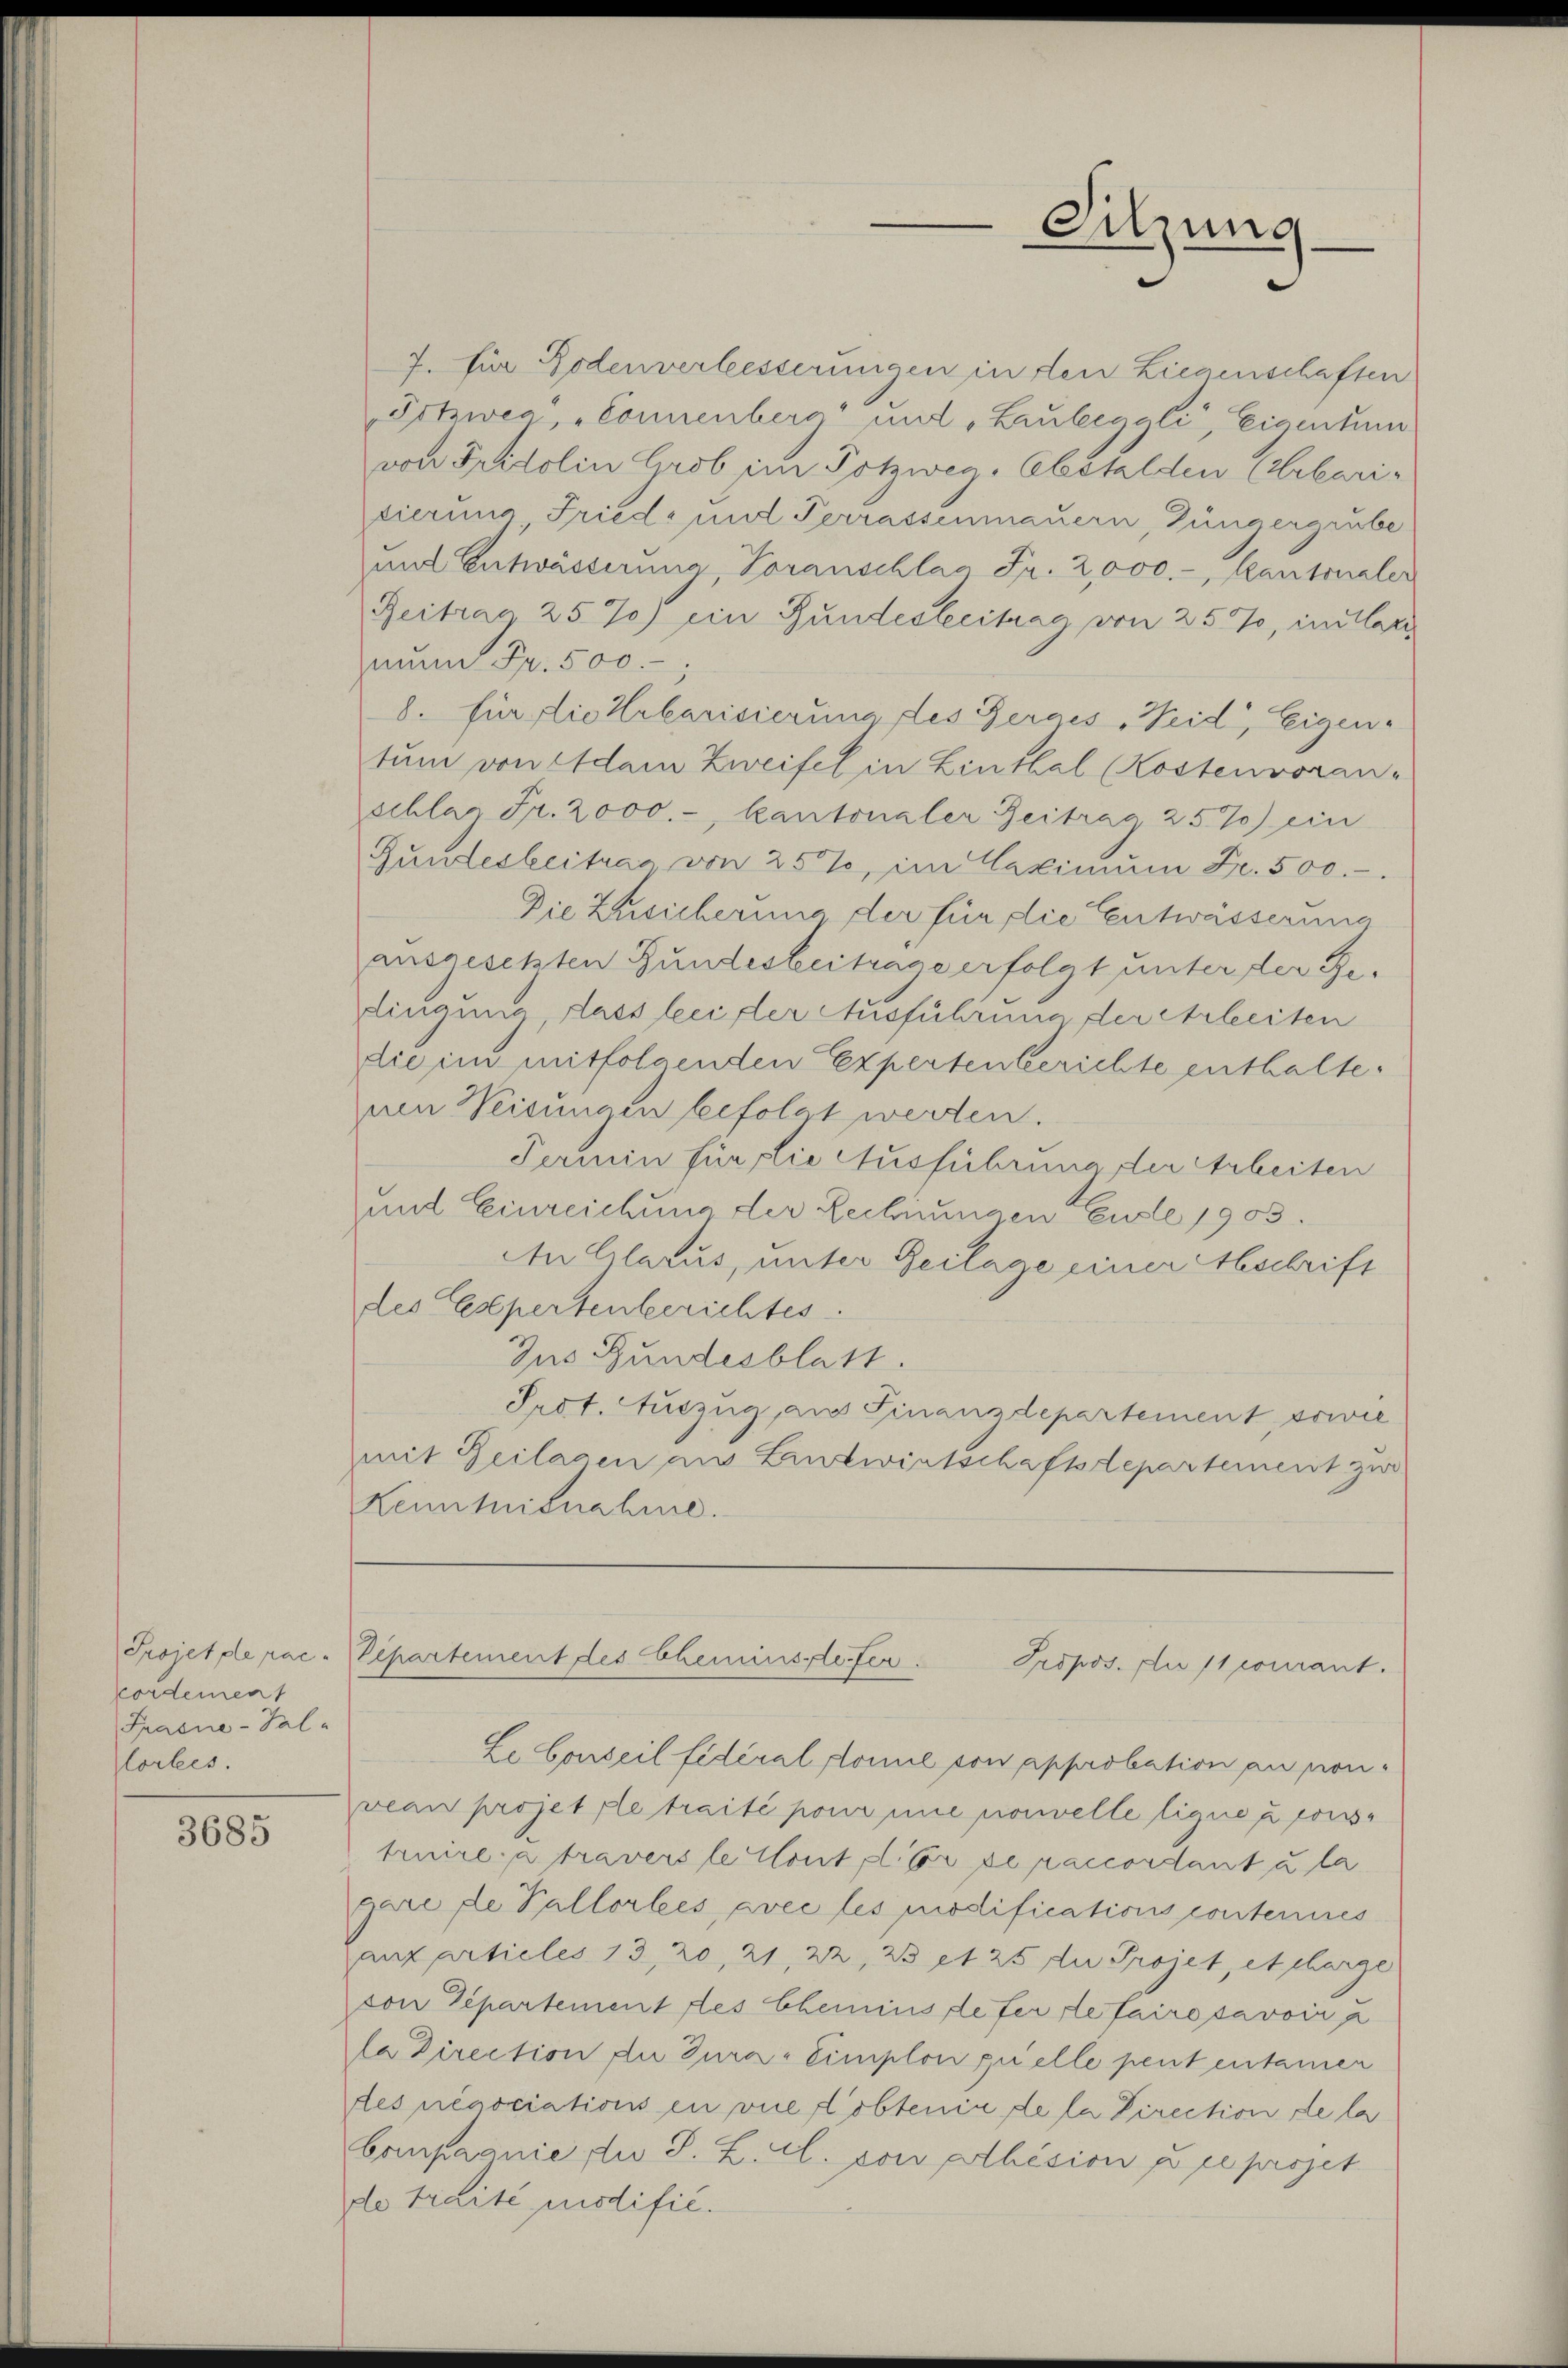
Sitzung

7. für Bodenverbesserungen in den Liegenschaften
Prtzwea", "Connenberg“ und „Laubeggli, Eigentum
von Fridolin Grob im Potzweg, Abstalden (Erbaridierung Friede und Terrassenmauern, Jüngergrube
und Entwässerung, Voranschlag Fr. 2,000.-, Kantonaler
Beitrag 25%) ein Bundesbeitrag von 25%, im Cari,
nun Rp. 500.-,
8. für die Urbarisierung des Berges Weid, Eigen-
tum von Adam Zweifel in Linthal (Kostenvoran-
schlag Fr. 2000.-, kantonaler Zeitrag 257) ein
Gundesbeitrag von 25%, im Maximum Fr. 500.-
Die Zusicherung der für die Entwässerung
ausgesetzten Bundesbeitrage erfolgt unter der Redingung, dass bei der Ausführung der Arbeiten
die im mitfolgenden Expertenberichte enthalte.
nen Weisungen befolgt werden.
Fermin für die Ausführung der Arbeiten
und Einreichung der Rechnungen Ende 1903.
An Glarus, unter Zeilage einer Abschrift
des Expertenberichtes.
Zus Bundesblatt.
Prot. Auszug, am Finanzdepartement, sowie
mit Zeilagen am Landwirtschaftsdepartement zw
Kenntnisnahme.

Portement
Prasne-Fallortes.

Projet de rac. Separtement des Chemins defer
Propos. Du /1 comant.

Le Conseil fidéralstomie von Apsadbation an sonveau projetrle traité pour une nouvelle ligne à construire a travers le tout l. Er de paccordant à la
gare de Pallorbes, avec les modifications contenues
aux articles 13, 20, 21, 22, 23 et 25 die Projet, et charge
von Departement des Chemins defer de fairesavoir a
la Direction de Tura-Eimplon quelle peut entamen
tes neasciations en vie lobtenia de la Direction de la
bompagnie die S. L. A. sowolhésion p reproset
de traité instific.

3685